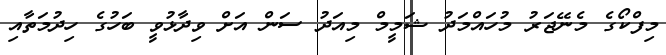
މިފްކޯގެ މެނޭޖަރު މުހައްމަދު ޝަމީމް މިއަދު ސަން އަށް ވިދާޅުވީ ބަހުގެ ހިދުމަތާއި